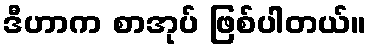
ဒီဟာက စာအုပ် ဖြစ်ပါတယ်။